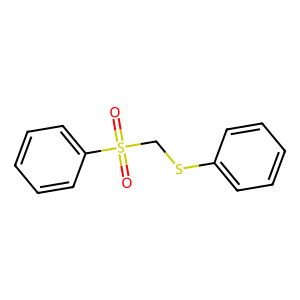
SMILES: O=S(=O)(CSc1ccccc1)c1ccccc1
Inhibits HIV replication: No